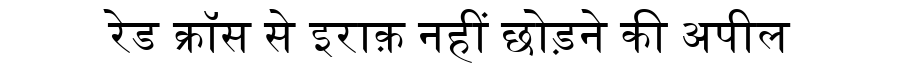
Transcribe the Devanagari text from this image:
रेड क्रॉस से इराक़ नहीं छोड़ने की अपील